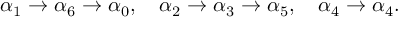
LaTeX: \alpha _ { 1 } \rightarrow \alpha _ { 6 } \rightarrow \alpha _ { 0 } , \quad \alpha _ { 2 } \rightarrow \alpha _ { 3 } \rightarrow \alpha _ { 5 } , \quad \alpha _ { 4 } \rightarrow \alpha _ { 4 } .